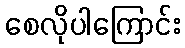
စေလိုပါကြောင်း